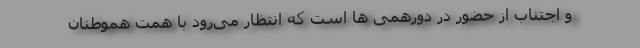
و اجتناب از حضور در دورهمی ها است که انتظار می‌رود با همت هموطنان